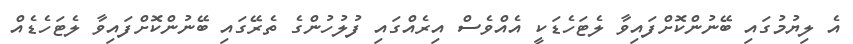
އެ ލިޔުމުގައި ބޭނުންކޮށްފައިވާ ލެޓަހެޑަކީ އެއްވެސް އިރެއްގައި ފުލުހުންގެ ތެރޭގައި ބޭނުންކޮށްފައިވާ ލެޓަހެޑެއް